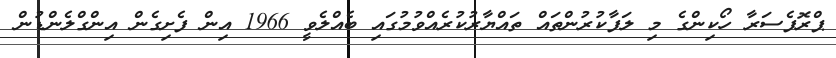
ޕްރޮފެސަރާ ހޯކިންގެ މި ލަފާކުރުންތައް ތައްޔާރުކުރެއްވުމުގައި ބެއްލެވީ 1966 އިން ފެށިގެން އިންގްލެންޑުން